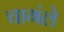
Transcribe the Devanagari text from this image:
चागंले